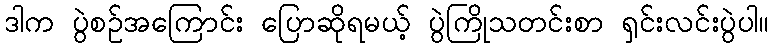
ဒါက ပွဲစဥ်အကြောင်း ပြောဆိုရမယ့် ပွဲကြိုသတင်းစာ ရှင်းလင်းပွဲပါ။